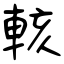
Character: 輆